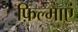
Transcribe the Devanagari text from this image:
फ़िल्माएं